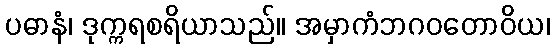
ပဓာနံ၊ ဒုက္ကရစရိယာသည်။ အမှာကံဘဂဝတောဝိယ၊